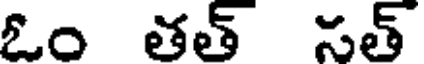
ఓం తత్ సత్